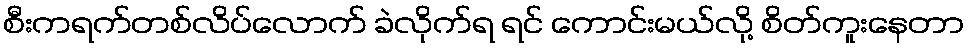
စီးကရက်တစ်လိပ်လောက် ခဲလိုက်ရ ရင် ကောင်းမယ်လို့ စိတ်ကူးနေတာ